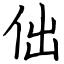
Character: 㑁